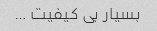
بسیار بی کیفیت …